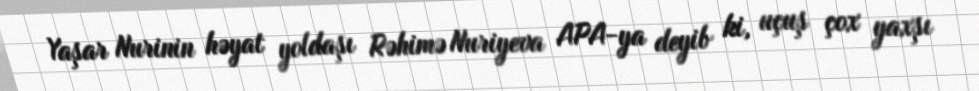
Yaşar Nurinin həyat yoldaşı Rəhimə Nuriyeva APA-ya deyib ki, uçuş çox yaxşı